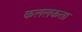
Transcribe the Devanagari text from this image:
कललकत्ता